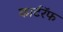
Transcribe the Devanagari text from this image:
कार्टरॅफ